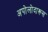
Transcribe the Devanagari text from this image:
अपोलोदारूस